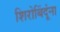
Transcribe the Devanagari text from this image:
शिरोबिंदूंना